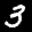
Label: 3